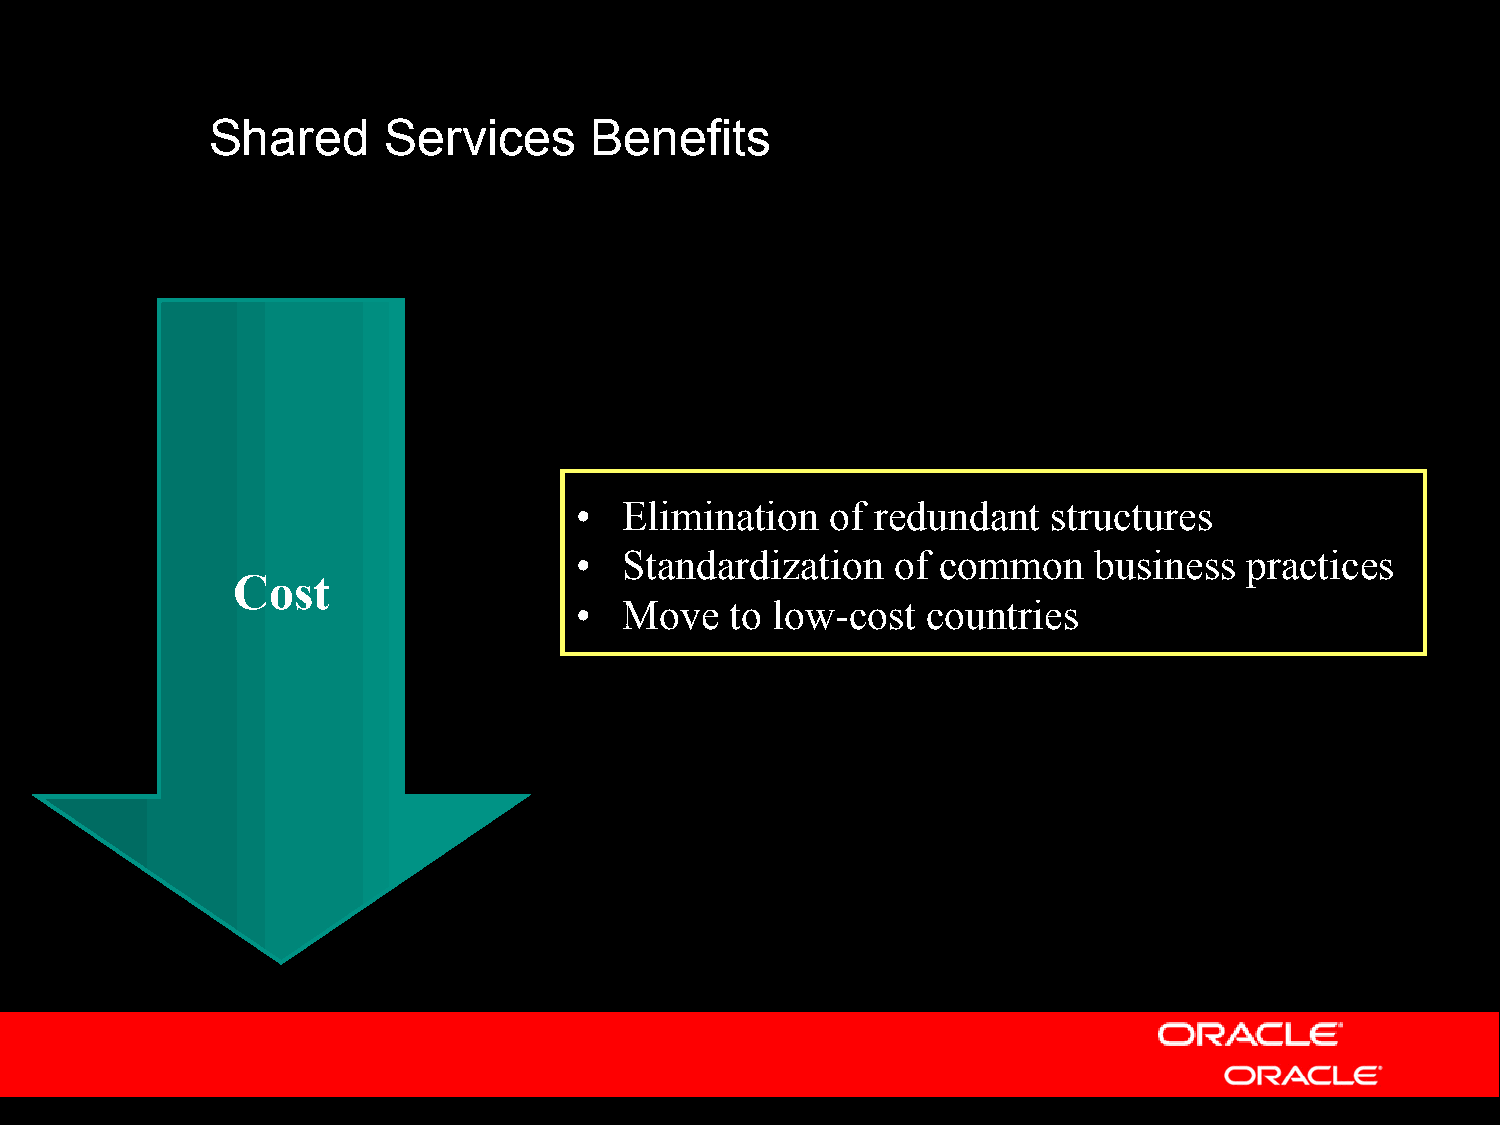
Shared     Services      Benefits
 •  Elimination   of redundant   structures
 •  Standardization   of common    business   practices
 Cost
 •  Move   to low-cost  countries